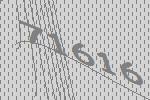
71616